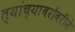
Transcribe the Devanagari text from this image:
त्यांच्याबरोबरीने